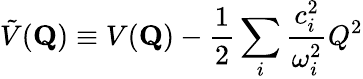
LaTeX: \tilde{V}(\mathbf{{Q}})\equiv V(\mathbf{{Q}})-\frac{1}{2}\sum_{i}\frac{c_{i}^{2}}{\omega_{i}^{2}}Q^{2}